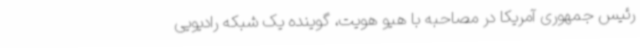
رئیس جمهوری آمریکا در مصاحبه با هیو هویت، گوینده یک شبکه رادیویی